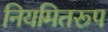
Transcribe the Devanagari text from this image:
नियमितरूप